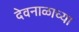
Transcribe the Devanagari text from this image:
देवनाळाच्या